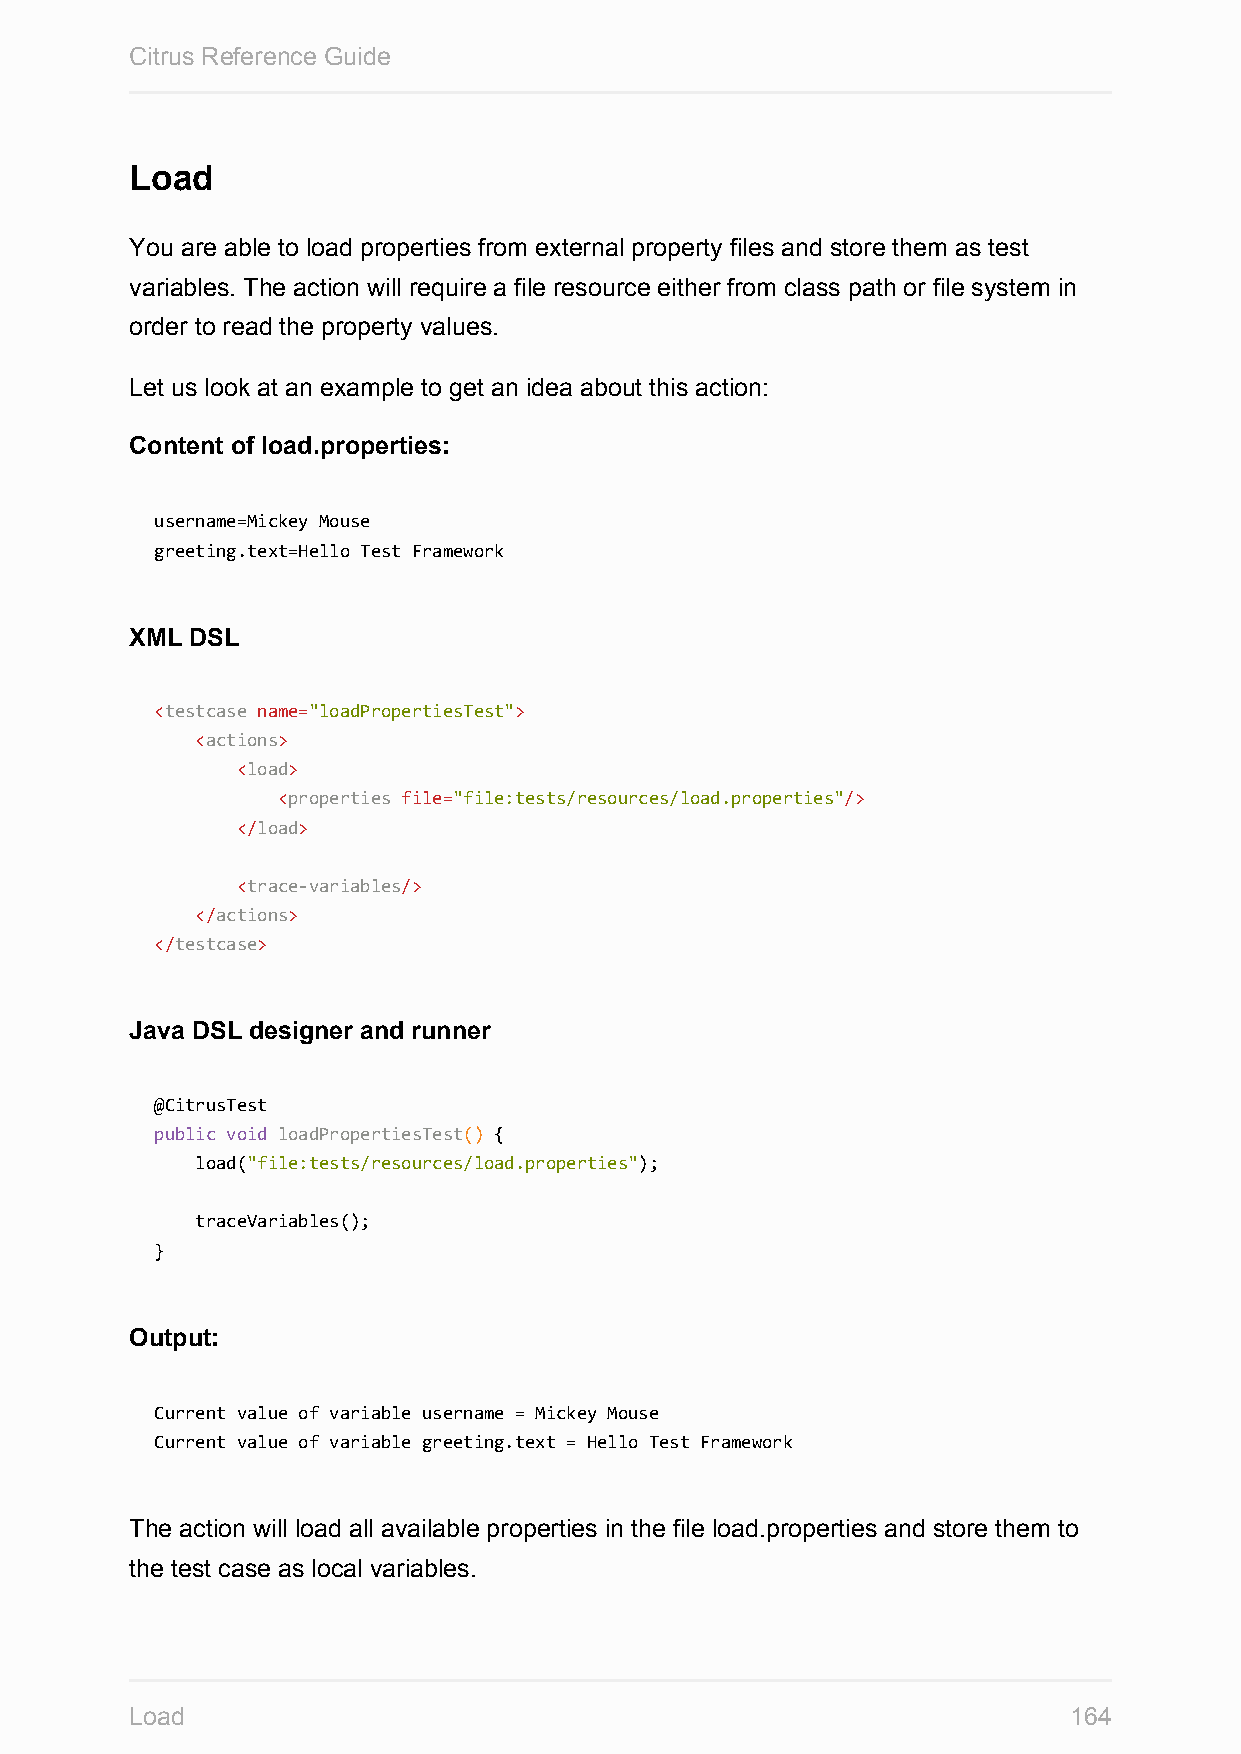
Citrus Reference Guide
 Load
 You are able to load properties from external property files and store them as test
 variables. The action will require a file resource either from class path or file system in
 order to read the property values.
 Let us look at an example to get an idea about this action:
 Content of load.properties:
 username=Mickey Mouse
 greeting.text=Hello Test Framework
 XML DSL
 <testcase name="loadPropertiesTest">
 <actions>
 <load>
 <properties file="file:tests/resources/load.properties"/>
 </load>
 <trace-variables/>
 </actions>
 </testcase>
 Java DSL designer and runner
 @CitrusTest
 public void loadPropertiesTest() {
 load("file:tests/resources/load.properties");
 traceVariables();
 }
 Output:
 Current value of variable username = Mickey Mouse
 Current value of variable greeting.text = Hello Test Framework
 The action will load all available properties in the file load.properties and store them to
 the test case as local variables.
 Load                                                          164